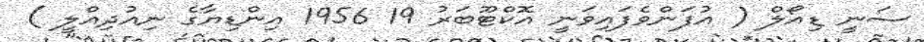
ސަނީ ޑިއޯލް ( އުފަންވެފައިވަނީ އޮކްޓޫބަރު 19 1956 އިންޑިޔާގެ ނިއުދިއްލީ )